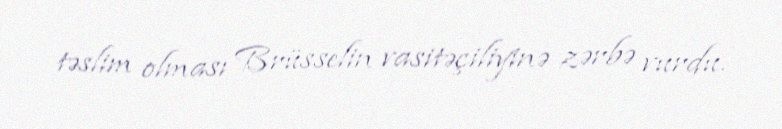
təslim olması Brüsselin vasitəçiliyinə zərbə vurdu.